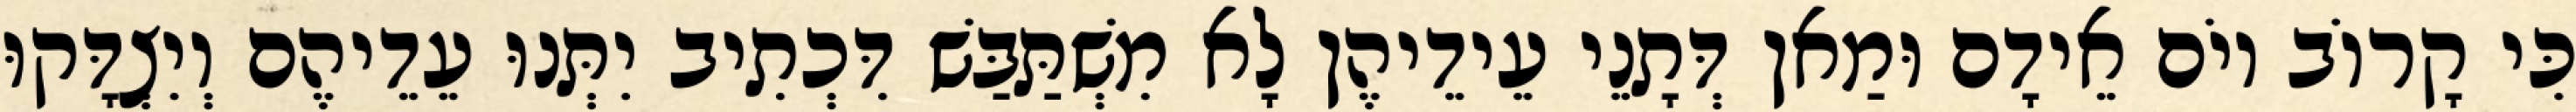
כִּי קָרוֹב יוֹם אֵידָם וּמַאן דְּתָנֵי עֵידֵיהֶן לָא מִשְׁתַּבַּשׁ דִּכְתִיב יִתְּנוּ עֵדֵיהֶם וְיִצְדָּקוּ